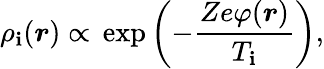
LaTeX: \rho_{\mathbf{i}}(\boldsymbol{r})\propto\, \exp\left(-\frac{{Ze\varphi(\boldsymbol{r})}}{{T_{\mathbf{i}}}}\right),